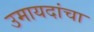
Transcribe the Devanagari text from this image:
उमायदांचा